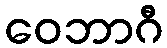
ဝေဘာဂီ